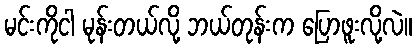
မင်းကိုငါ မုန်းတယ်လို့ ဘယ်တုန်းက ပြောဖူးလို့လဲ။